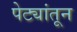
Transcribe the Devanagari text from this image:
पेट्यांतून